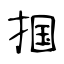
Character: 掴